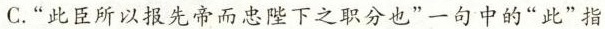
C.”此臣所以报先帝而忠陛下之职分也”一句中的”此”指